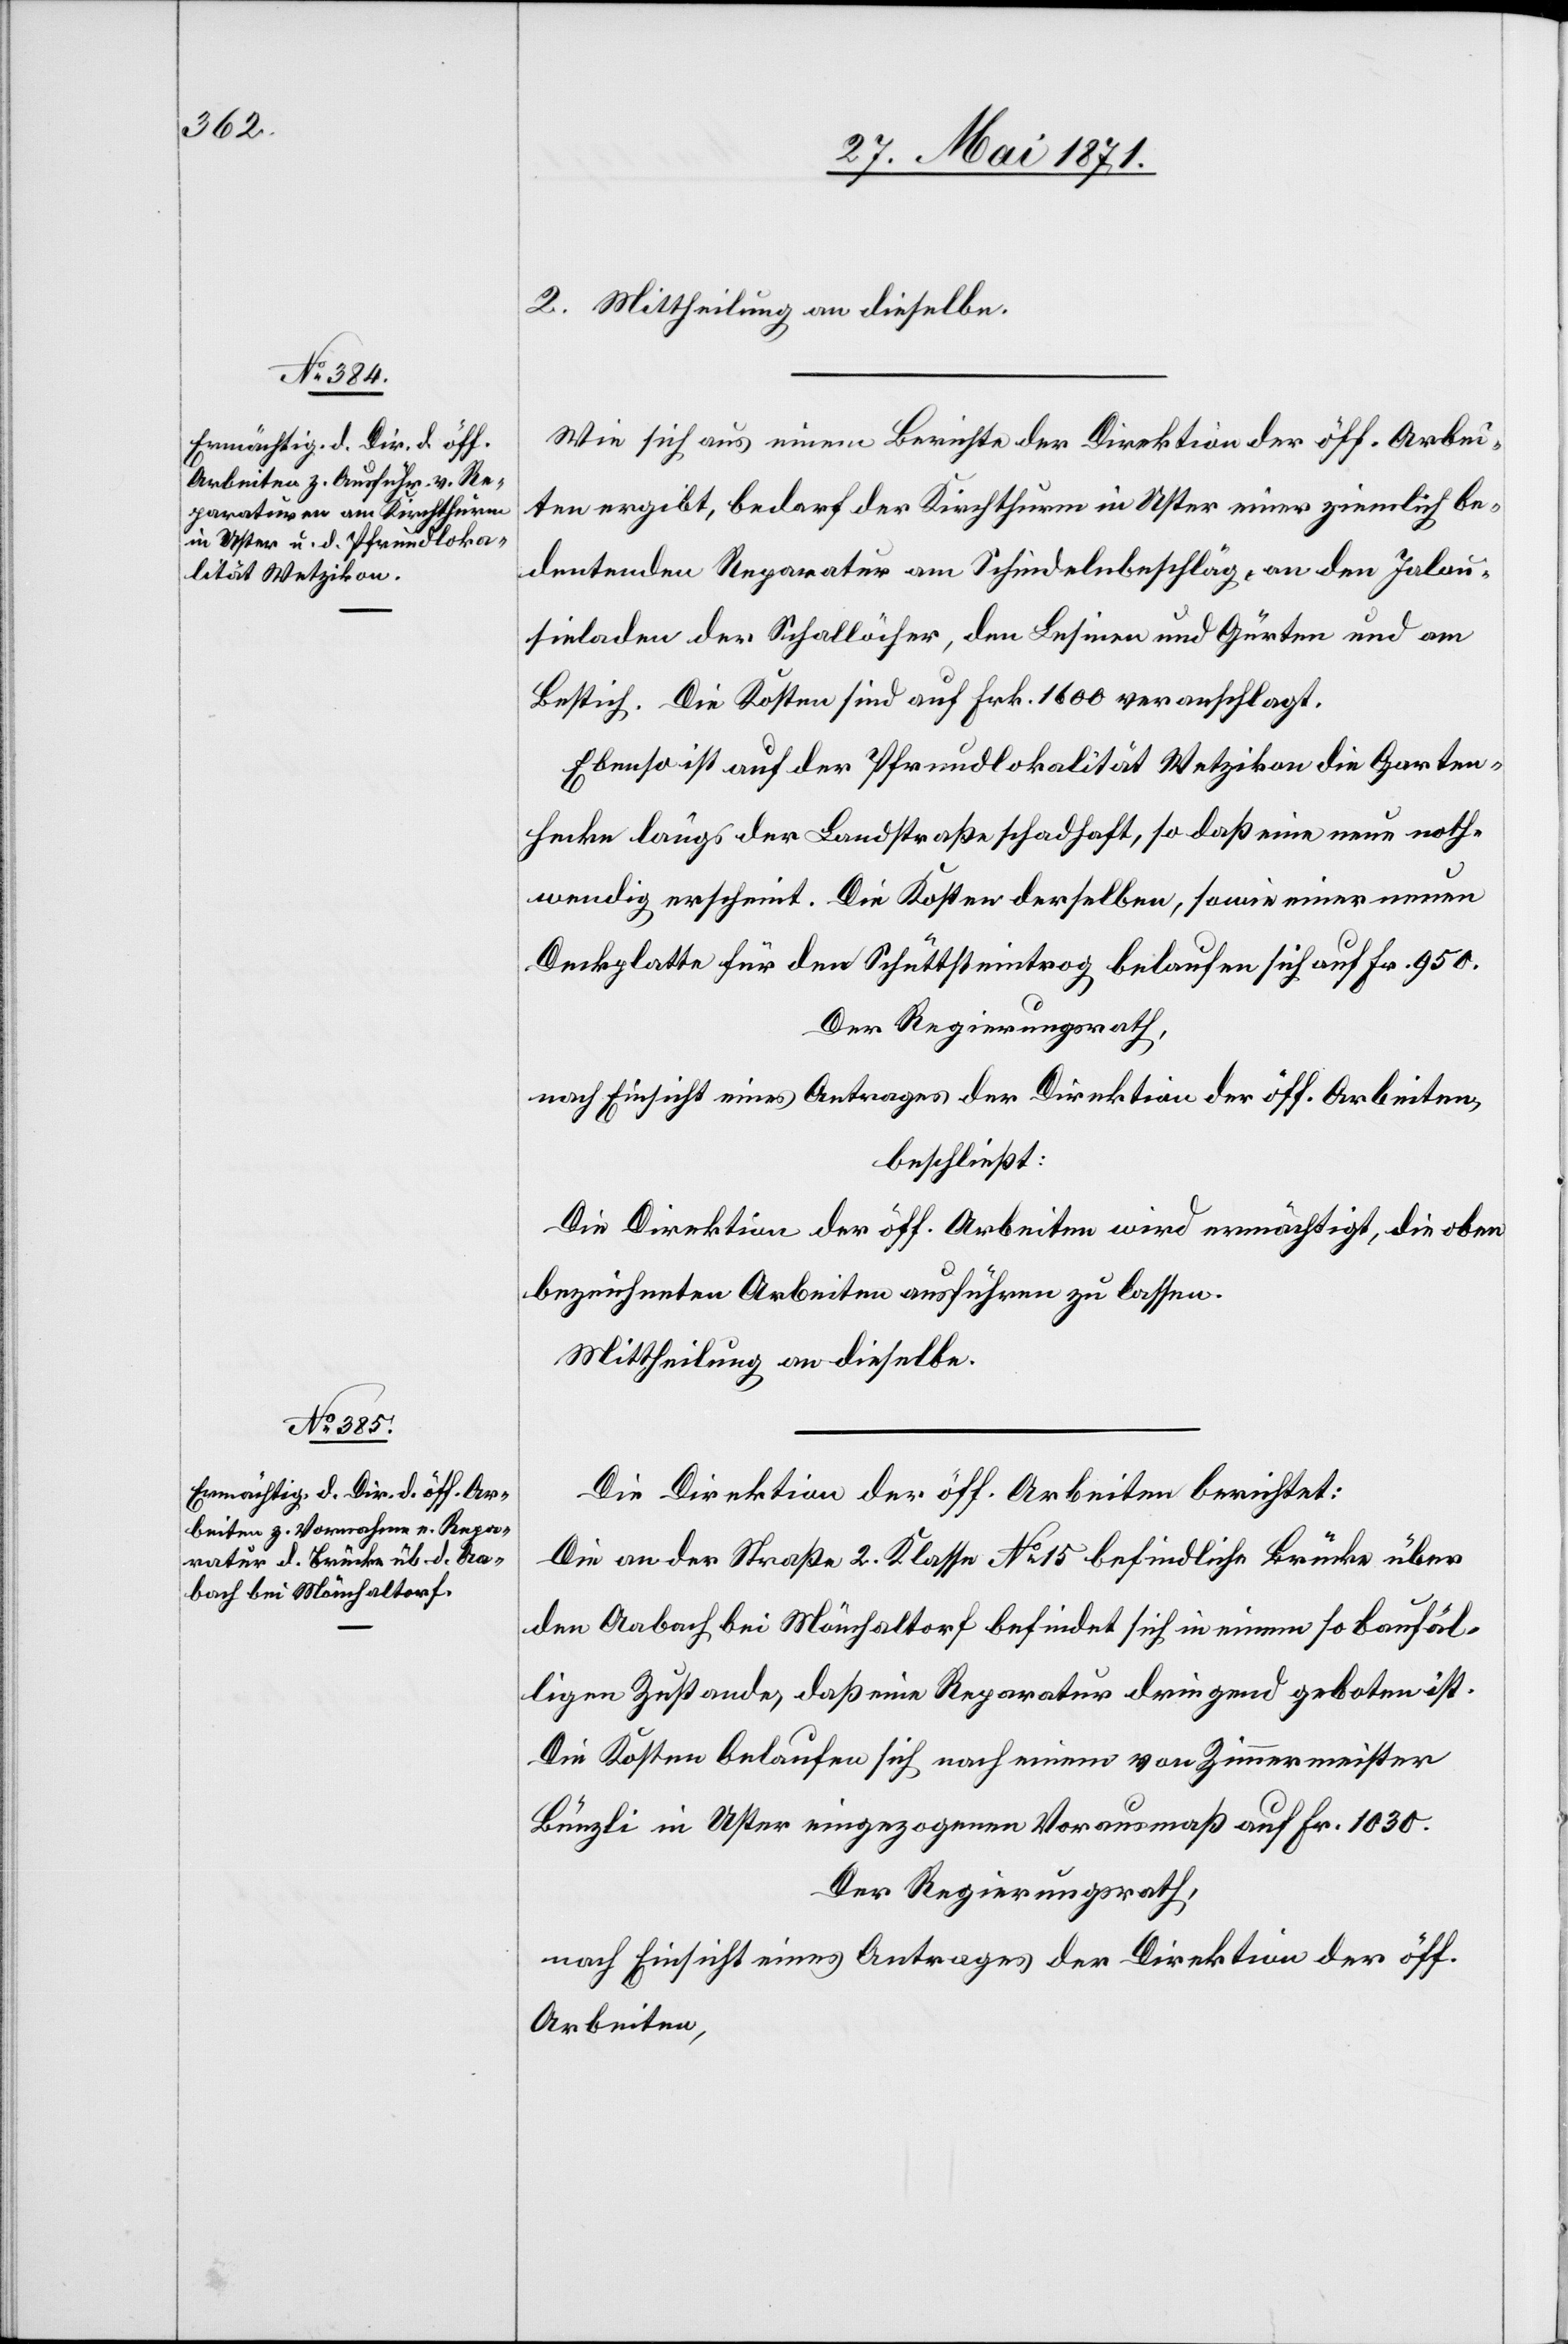
2. Mittheilung an dieselbe.
Wie sich aus einem Berichte der Direktion der öff. Arbei¬
ten ergibt, bedarf der Kirchthurm in Uster einer ziemlich be¬
deutenden Reparatur am Schindelbeschläg [sic!], an den Jalou¬
sieladen der Schallöcher, den Lesinen und Gürten und am
Bestich. Die Kosten sind auf Frk. 1600 veranschlagt.
Ebenso ist auf der Pfrundlokalität Wetzikon die Garten¬
hecke längs der Landstraße schadhaft, so daß eine neue noth¬
wendig erscheint. Die Kosten derselben, sowie einer neuen
Deckplatte für den Schuttsteintrog belaufen sich auf Fr. 950.
Der Regierungsrath,
nach Einsicht eines Antrages der Direktion der öff. Arbeiten,
beschließt:
Die Direktion der öffentlichen Arbeiten wird ermächtigt, die oben
bezeichneten Arbeiten ausführen zu lassen.
Mittheilung an dieselbe.
Die Direktion der öff. Arbeiten berichtet:
Die an der Straße 2. Klasse No. 15 befindliche Brücke über
den Aabach bei Mönchaltorf befindet sich in einem so baufäl¬
ligen Zustande, daß eine Reparatur dringend geboten ist.
Die Kosten belaufen sich nach einem von Zimmermeister
Bünzli in Uster eingezogenen Vorausmaß auf Fr. 1030.
Der Regierungsrath,
nach Einsicht eines Antrages der Direktion der öff.
Arbeiten,